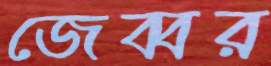
জেব্বর